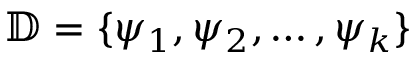
\mathbb { D } = \{ \psi _ { 1 } , \psi _ { 2 } , \dots , \psi _ { k } \}